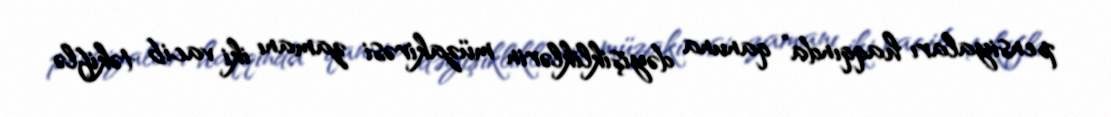
pensiyaları haqqında” qanuna dəyişikliklərin müzakirəsi zamanı iki vacib təkiflə